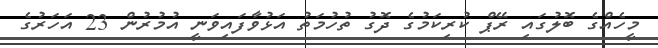
މީހެއްގެ ބޮލުގައި ރޭޕް ކުރިކަމުގެ ދޮގު ތުހުމަތު އަޅުވާފައިވަނީ އުމުރުން 23 އަހަރުގެ